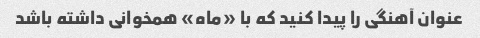
عنوان آهنگی را پیدا کنید که با «ماه» همخوانی داشته باشد